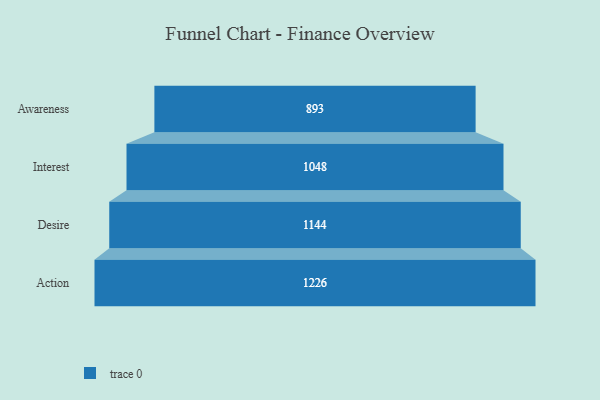
{"axis": {"x": "Stage", "y": "Value"}, "legend": [""], "data": [{"x": "Awareness", "y": 893.0, "type": ""}, {"x": "Interest", "y": 1048.0, "type": ""}, {"x": "Desire", "y": 1144.0, "type": ""}, {"x": "Action", "y": 1226.0, "type": ""}]}